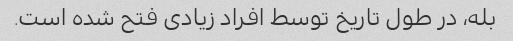
بله، در طول تاریخ توسط افراد زیادی فتح شده است.